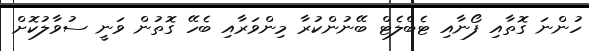
ހުންނަ ގޮތާއި ފޯނާއި ޓެބްލެޓް ބޭނުންކުރާ މިންވަރާއި ބެހޭ ގޮތުން ވަނީ ސުވާލުކޮށް